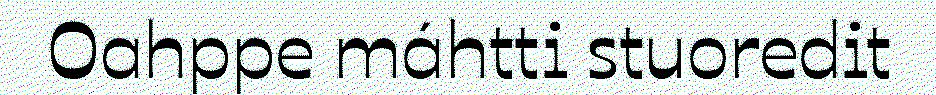
Oahppe máhtti stuoredit